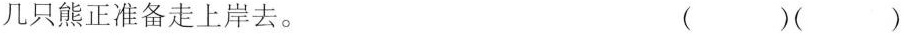
两只睡狮在岸边，有的像几只熊正准备走上岸去。 ()()